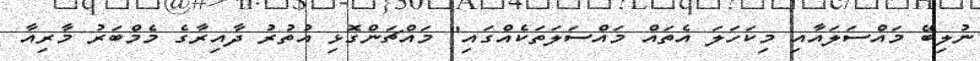
ނުލިބޭ މައްސަލައާއި މިކަހަލަ އެތައް މައްސަލަތަކެއްގައި" މައްޗަންގޮޅި އުތުރު ދާއިރާގެ މެމްބަރު މާރިއާ